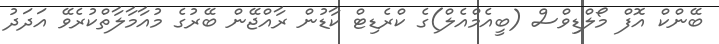
ބޭންކް އޮފް މޯލްޑިވްސް (ބީއެމްއެލް)ގެ ކްރެޑިޓް ކާޑުން ރާއްޖޭން ބޭރުގެ މުއާމާލާތްކުރެވޭ އަދަދު